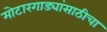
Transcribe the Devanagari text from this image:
मोटारगाड्यांसाठीचा